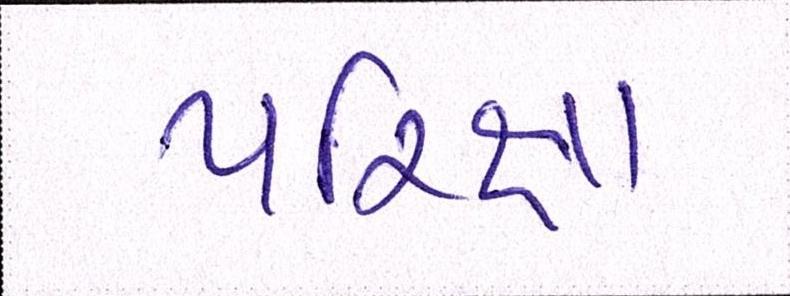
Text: પરિક્ષા